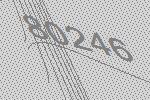
80246